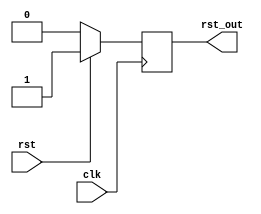

`timescale 1ns/1ps
module time_limit
  (
   /*AUTOARG*/
   // Outputs
   rst_out,
   // Inputs
   clk, rst
   );

   // (C_DW_CNT=37)@75MHZ == 15 minutes
   parameter C_TIME_LIMIT = 0; 
   parameter C_DW_CNT = 37; 
   parameter C_RSTIN_ACTIVE = 1;
   parameter C_RSTOUT_ACTIVE = 1;

   input clk;
   input rst;
   output rst_out;

   reg [C_DW_CNT-1:0] cnt = 0 /* synthesis syn_preserve=1 */ ;
   reg 		      rst_out;
   wire 	      rst_lock;

   always@(posedge clk)
     begin
	if(~rst_lock)
	  cnt <= #1 cnt + 1'h1;
     end

   assign rst_lock = cnt[C_DW_CNT-1]; 
   assign rst_in = C_RSTIN_ACTIVE ? rst : (~rst);

   generate if(C_TIME_LIMIT == 1) begin
      always@(posedge clk)
	begin
	   if(rst_in)
	     rst_out <= #1 C_RSTOUT_ACTIVE;
	   else
	     rst_out <= #1 C_RSTOUT_ACTIVE ? rst_lock : (~rst_lock);
	end
   end
   endgenerate

   generate if(C_TIME_LIMIT == 0) begin
      always@(posedge clk)
	begin
	   if(rst_in)
	     rst_out <= #1 C_RSTOUT_ACTIVE;
	   else
	     rst_out <= #1 (~C_RSTOUT_ACTIVE);
	end
   end
   endgenerate

endmodule